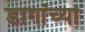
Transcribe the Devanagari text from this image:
डागांच्या